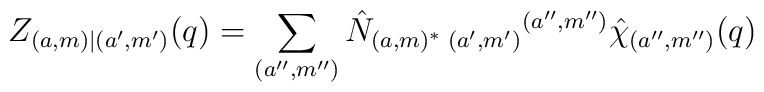
Z_{(a,m)|(a',m')}(q)=\sum_{(a'',m'')}     \hat N_{(a,m)^{*}\;(a',m')}{}^{(a'',m'')}\hat\chi_{(a'',m'')}(q)